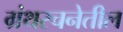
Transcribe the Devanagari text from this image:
ग्रंथरचनेतील